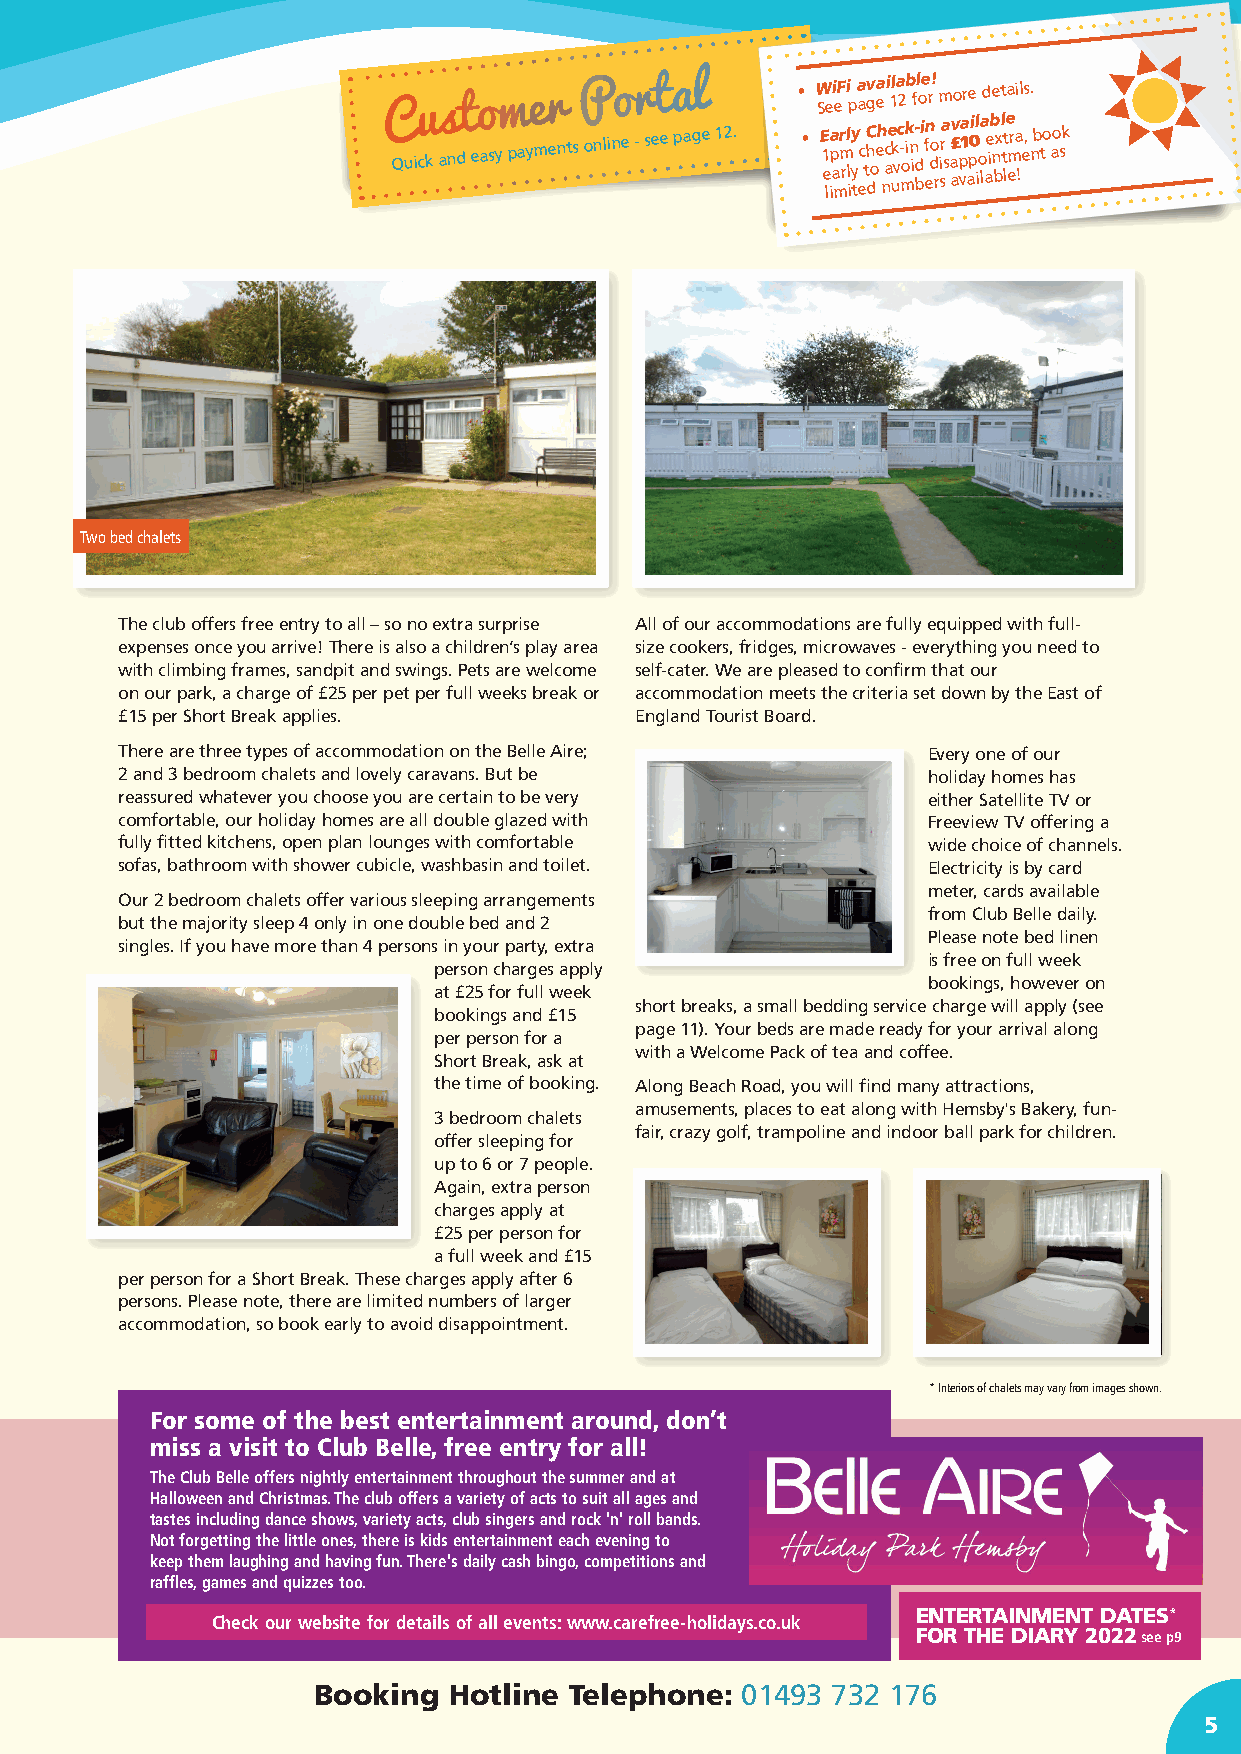
C Quicu k as ndt eo asym paye mer nt s P onlino e -r set e pa agl e 12. • • W S E 1 e le a ipi a meF r m r i l lp
 i
 y y
 t
 a a ec thv g C doea e h nc a i e1l uk va c2 - mok ib n if - bdl o ie f e nr do! r m i sra s a av £o p va 1r ape 0il i o la d ae ibe n bxt l tt lea emrai !l e,s . nb to ao sk
 Two bed chalets
 The club offers free entry to all – so no extra surprise All of our accommodations are fully equipped with full-
 expenses once you arrive! There is also a children’s play area size cookers, fridges, microwaves - everything you need to
 with climbing frames, sandpit and swings. Pets are welcome self-cater. We are pleased to confirm that our
 on our park, a charge of £25 per pet per full weeks break or accommodation meets the criteria set down by the East of
 £15 per Short Break applies.      England Tourist Board.
 There are three types of accommodation on the Belle Aire; Every one of our
 2 and 3 bedroom chalets and lovely caravans. But be  holiday homes has
 reassured whatever you choose you are certain to be very either Satellite TV or
 comfortable, our holiday homes are all double glazed with Freeview TV offering a
 fully fitted kitchens, open plan lounges with comfortable wide choice of channels.
 sofas, bathroom with shower cubicle, washbasin and toilet. Electricity is by card
 meter, cards available
 Our 2 bedroom chalets offer various sleeping arrangements
 from Club Belle daily.
 but the majority sleep 4 only in one double bed and 2
 Please note bed linen
 singles. If you have more than 4 persons in your party, extra
 is free on full week
 person charges apply
 bookings, however on
 at £25 for full week
 short breaks, a small bedding service charge will apply (see
 bookings and £15
 page 11). Your beds are made ready for your arrival along
 per person for a
 with a Welcome Pack of tea and coffee.
 Short Break, ask at
 the time of booking. Along Beach Road, you will find many attractions,
 amusements, places to eat along with Hemsby's Bakery, fun-
 3 bedroom chalets
 fair, crazy golf, trampoline and indoor ball park for children.
 offer sleeping for
 up to 6 or 7 people.
 Again, extra person
 charges apply at
 £25 per person for
 a full week and £15
 per person for a Short Break. These charges apply after 6
 persons. Please note, there are limited numbers of larger
 accommodation, so book early to avoid disappointment.
 * Interiors of chalets may vary from images shown.
 For some of the best entertainment around, don’t
 miss a visit to Club Belle, free entry for all!
 The Club Belle offers nightly entertainment throughout the summer and at
 Halloween and Christmas. The club offers a variety of acts to suit all ages and
 tastes including dance shows, variety acts, club singers and rock 'n' roll bands.
 Not forgetting the little ones, there is kids entertainment each evening to
 keep them laughing and having fun. There's daily cash bingo, competitions and
 raffles, games and quizzes too.
 ENTERTAINMENT DATES*
 Check our website for details of all events: www.carefree-holidays.co.uk
 FOR THE DIARY 2022see p9
 Booking  Hotline Telephone: 01493 732 176
 5